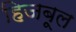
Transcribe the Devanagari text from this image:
हिजबूल